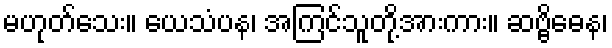
မဟုတ်သေး။ ယေသံပန၊ အကြင်သူတို့အားကား။ ဆဗ္ဗိဓေန၊